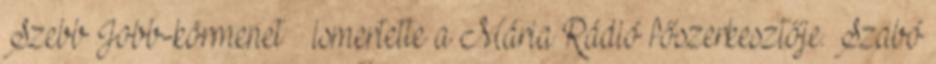
Szebb Jobb-körmenet – ismertette a Mária Rádió főszerkesztője. Szabó